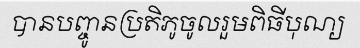
បានបញ្ចូនប្រតិភូចូលរួមពិធីបុណ្យ